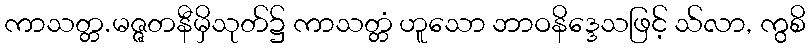
ကာသတ္တ.မဇ္ဇတနီမှိသုတ်၌ ကာသတ္တံ ဟူသော ဘာဝနိဒ္ဒေသဖြင့် သ်လာ, ကွစိ